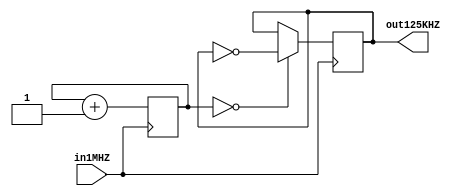
module clock_divider(
	input in1MHZ,
	output reg out125KHZ
);



initial begin
	out125KHZ = 0;
end

reg [2:0] counter = 0;

always@(posedge in1MHZ) begin
	if(!counter) out125KHZ = ~out125KHZ;
	counter = counter +1'b1;
end

endmodule